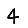
Digit: 4